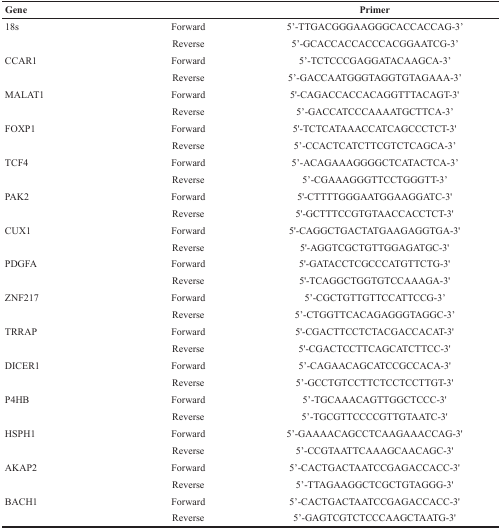
<table><thead><tr><td><b>Gene</b></td><td></td><td><b>Primer</b></td></tr></thead><tbody><tr><td>18s</td><td>Forward</td><td>5′-TTGACGGGAAGGGCACCACCAG-3′</td></tr><tr><td></td><td>Reverse</td><td>5′-GCACCACCACCCACGGAATCG-3′</td></tr><tr><td>CCAR1</td><td>Forward</td><td>5′-TCTCCCGAGGATACAAGCA-3′</td></tr><tr><td></td><td>Reverse</td><td>5′-GACCAATGGGTAGGTGTAGAAA-3′</td></tr><tr><td>MALAT1</td><td>Forward</td><td>5′-CAGACCACCACAGGTTTACAGT-3′</td></tr><tr><td></td><td>Reverse</td><td>5′-GACCATCCCAAAATGCTTCA-3′</td></tr><tr><td>FOXP1</td><td>Forward</td><td>5′-TCTCATAAACCATCAGCCCTCT-3′</td></tr><tr><td></td><td>Reverse</td><td>5′-CCACTCATCTTCGTCTCAGCA-3′</td></tr><tr><td>TCF4</td><td>Forward</td><td>5′-ACAGAAAGGGGCTCATACTCA-3′</td></tr><tr><td></td><td>Reverse</td><td>5′-CGAAAGGGTTCCTGGGTT-3′</td></tr><tr><td>PAK2</td><td>Forward</td><td>5′-CTTTTGGGAATGGAAGGATC-3′</td></tr><tr><td></td><td>Reverse</td><td>5′-GCTTTCCGTGTAACCACCTCT-3′</td></tr><tr><td>CUX1</td><td>Forward</td><td>5′-CAGGCTGACTATGAAGAGGTGA-3′</td></tr><tr><td></td><td>Reverse</td><td>5′-AGGTCGCTGTTGGAGATGC-3′</td></tr><tr><td>PDGFA</td><td>Forward</td><td>5′-GATACCTCGCCCATGTTCTG-3′</td></tr><tr><td></td><td>Reverse</td><td>5′-TCAGGCTGGTGTCCAAAGA-3′</td></tr><tr><td>ZNF217</td><td>Forward</td><td>5′-CGCTGTTGTTCCATTCCG-3′</td></tr><tr><td></td><td>Reverse</td><td>5′-CTGGTTCACAGAGGGTAGGC-3′</td></tr><tr><td>TRRAP</td><td>Forward</td><td>5′-CGACTTCCTCTACGACCACAT-3′</td></tr><tr><td></td><td>Reverse</td><td>5′-CGACTCCTTCAGCATCTTCC-3′</td></tr><tr><td>DICER1</td><td>Forward</td><td>5′-CAGAACAGCATCCGCCACA-3′</td></tr><tr><td></td><td>Reverse</td><td>5′-GCCTGTCCTTCTCCTCCTTGT-3′</td></tr><tr><td>P4HB</td><td>Forward</td><td>5′-TGCAAACAGTTGGCTCCC-3′</td></tr><tr><td></td><td>Reverse</td><td>5′-TGCGTTCCCCGTTGTAATC-3′</td></tr><tr><td>HSPH1</td><td>Forward</td><td>5′-GAAAACAGCCTCAAGAAACCAG-3′</td></tr><tr><td></td><td>Reverse</td><td>5′-CCGTAATTCAAAGCAACAGC-3′</td></tr><tr><td>AKAP2</td><td>Forward</td><td>5′-CACTGACTAATCCGAGACCACC-3′</td></tr><tr><td></td><td>Reverse</td><td>5′-TTAGAAGGCTCGCTGTAGGG-3′</td></tr><tr><td>BACH1</td><td>Forward</td><td>5′-CACTGACTAATCCGAGACCACC-3′</td></tr><tr><td></td><td>Reverse</td><td>5′-GAGTCGTCTCCCAAGCTAATG-3′</td></tr></tbody></table>